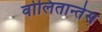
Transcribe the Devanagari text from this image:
वोलितान्तेस